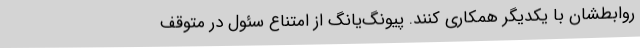
روابطشان با یکدیگر همکاری کنند. پیونگ‌یانگ از امتناع سئول در متوقف